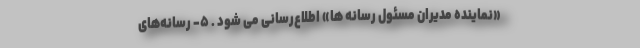
«نماینده مدیران مسئول رسانه ها» اطلاع‌رسانی می شود . ۵- رسانه‌های